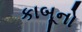
કાબૂનો